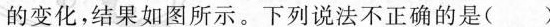
的变化，结果如图所示。下列说法不正确的是()